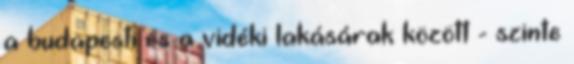
a budapesti és a vidéki lakásárak között - szinte